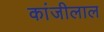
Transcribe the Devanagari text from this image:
कांजीलाल